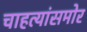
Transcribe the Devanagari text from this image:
चाहत्यांसमोर